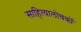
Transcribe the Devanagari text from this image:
साहित्यालोचकों